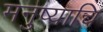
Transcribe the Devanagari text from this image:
मनुष्याचि